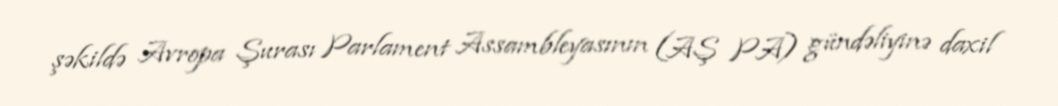
şəkildə Avropa Şurası Parlament Assambleyasının (AŞ PA) gündəliyinə daxil